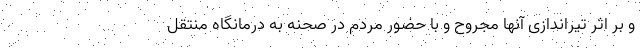
و بر اثر تیراندازی آنها مجروح و با حضور مردم در صحنه به درمانگاه منتقل